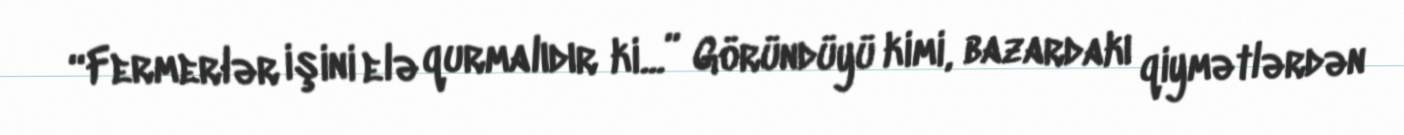
“Fermerlər işini elə qurmalıdır ki...” Göründüyü kimi, bazardakı qiymətlərdən